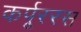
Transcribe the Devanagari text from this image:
कर्पूररस